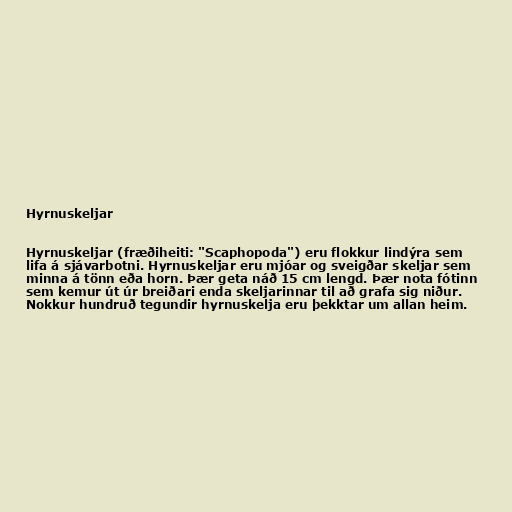
Hyrnuskeljar

Hyrnuskeljar (fræðiheiti: "Scaphopoda") eru flokkur lindýra sem
lifa á sjávarbotni. Hyrnuskeljar eru mjóar og sveigðar skeljar sem
minna á tönn eða horn. Þær geta náð 15 cm lengd. Þær nota fótinn
sem kemur út úr breiðari enda skeljarinnar til að grafa sig niður.
Nokkur hundruð tegundir hyrnuskelja eru þekktar um allan heim.